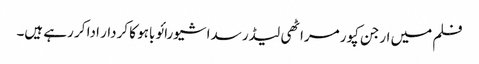
فلم میں ارجن کپور مراٹھی لیڈر سداشیورائو باہو کا کردار ادا کر رہے ہیں۔